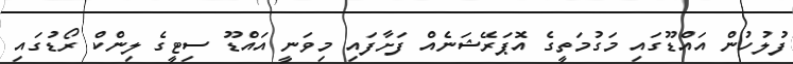
ފުލުހުން އައްޑޫގައި މަގުމަތީގެ އޮޕަރޭޝަނެެއް ފަށާފައި މިވަނީ އައްޑޫ ސިޓީގެ ލިންކް ރޯޑުގައި